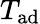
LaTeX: T_{\mathrm{ad}}